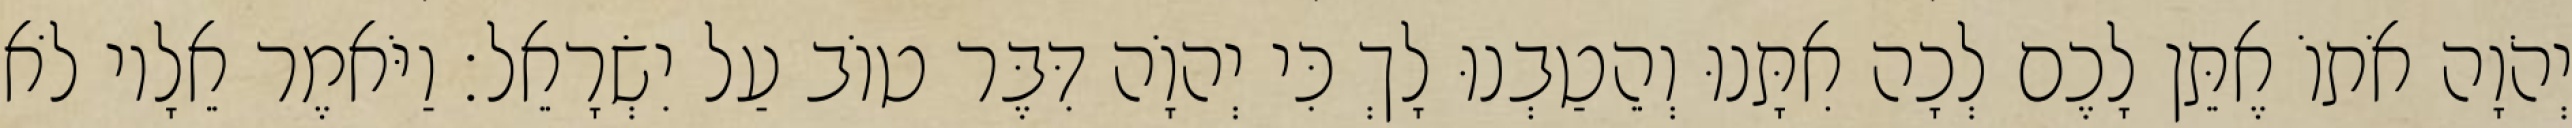
יְהֹוָה אֹתוֹ אֶתֵּן לָכֶם לְכָה אִתָּנוּ וְהֵטַבְנוּ לָךְ כִּי יְהוָֹה דִּבֶּר טוֹב עַל יִשְׂרָאֵל׃ וַיֹּאמֶר אֵלָיו לֹא